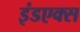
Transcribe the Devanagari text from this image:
इंडएक्स